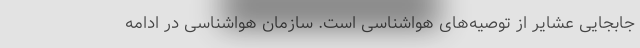
جابجایی عشایر از توصیه‌های هواشناسی است. سازمان هواشناسی در ادامه